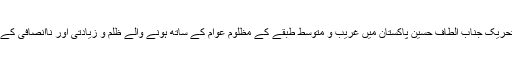
20 دسمبر2012 ءقائد تحریک جناب الطاف حسین پاکستان میں غریب و متوسط طبقے کے مظلوم عوام کے ساتھ ہونے والے ظلم و زیادتی اور ناانصافی کے خاتمہ کیلئے کوشاں ہیں۔